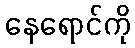
နေရောင်ကို